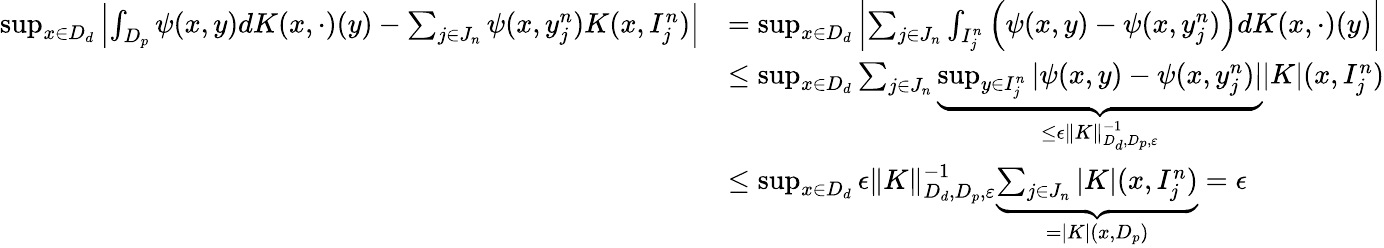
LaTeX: \begin{array}{rl}{\operatorname*{sup}_{x\in D_{d}}\left|\int_{D_{p}}\psi(x,y)dK(x,\cdot)(y)-\sum_{j\in J_{n}}\psi(x,y_{j}^{n})K(x,I_{j}^{n})\right|}&{=\operatorname*{sup}_{x\in D_{d}}\left|\sum_{j\in J_{n}}\int_{I_{j}^{n}}\left(\psi(x,y)-\psi(x,y_{j}^{n})\right)dK(x,\cdot)(y)\right|}\\ &{\leq\operatorname*{sup}_{x\in D_{d}}\sum_{j\in J_{n}}\underbrace{\operatorname*{sup}_{y\in I_{j}^{n}}|\psi(x,y)-\psi(x,y_{j}^{n})|}_{\leq\epsilon\| K\| _{D_{d},D_{p},\varepsilon}^{-1}}|K|(x,I_{j}^{n})}\\ &{\leq\operatorname*{sup}_{x\in D_{d}}\epsilon\| K\| _{D_{d},D_{p},\varepsilon}^{-1}\underbrace{\sum_{j\in J_{n}}|K|(x,I_{j}^{n})}_{=|K|(x,D_{p})}=\epsilon}\end{array}